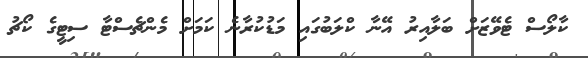
ކާލޯސް ޓެވޭޒަށް ބަލާއިރު އޭނާ ކްލަބުގައި މަޑުކުރާނެ ކަމަށް މެންޗެސްޓާ ސިޓީގެ ކޯޗު